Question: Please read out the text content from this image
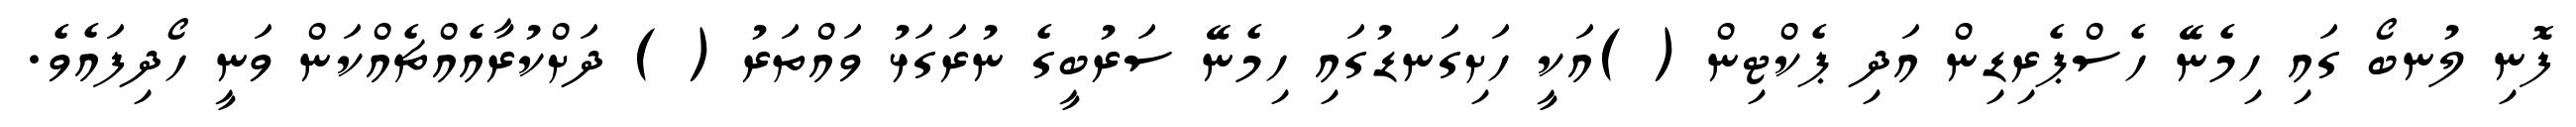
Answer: ފޮނި ލުނބޯ ގައި ހިމެނޭ ހެސްޕެރިޑިން އަދި ޕެކްޓިން ( )އަކީ ހަށިގަނޑުގައި ހިމެނޭ ސަރުބީގެ ނުރަގަޅު ވައްތަރު ( ) ދަށްކުރާއެއްޗެއްކަން ވަނީ ހޯދިފައެވެ.